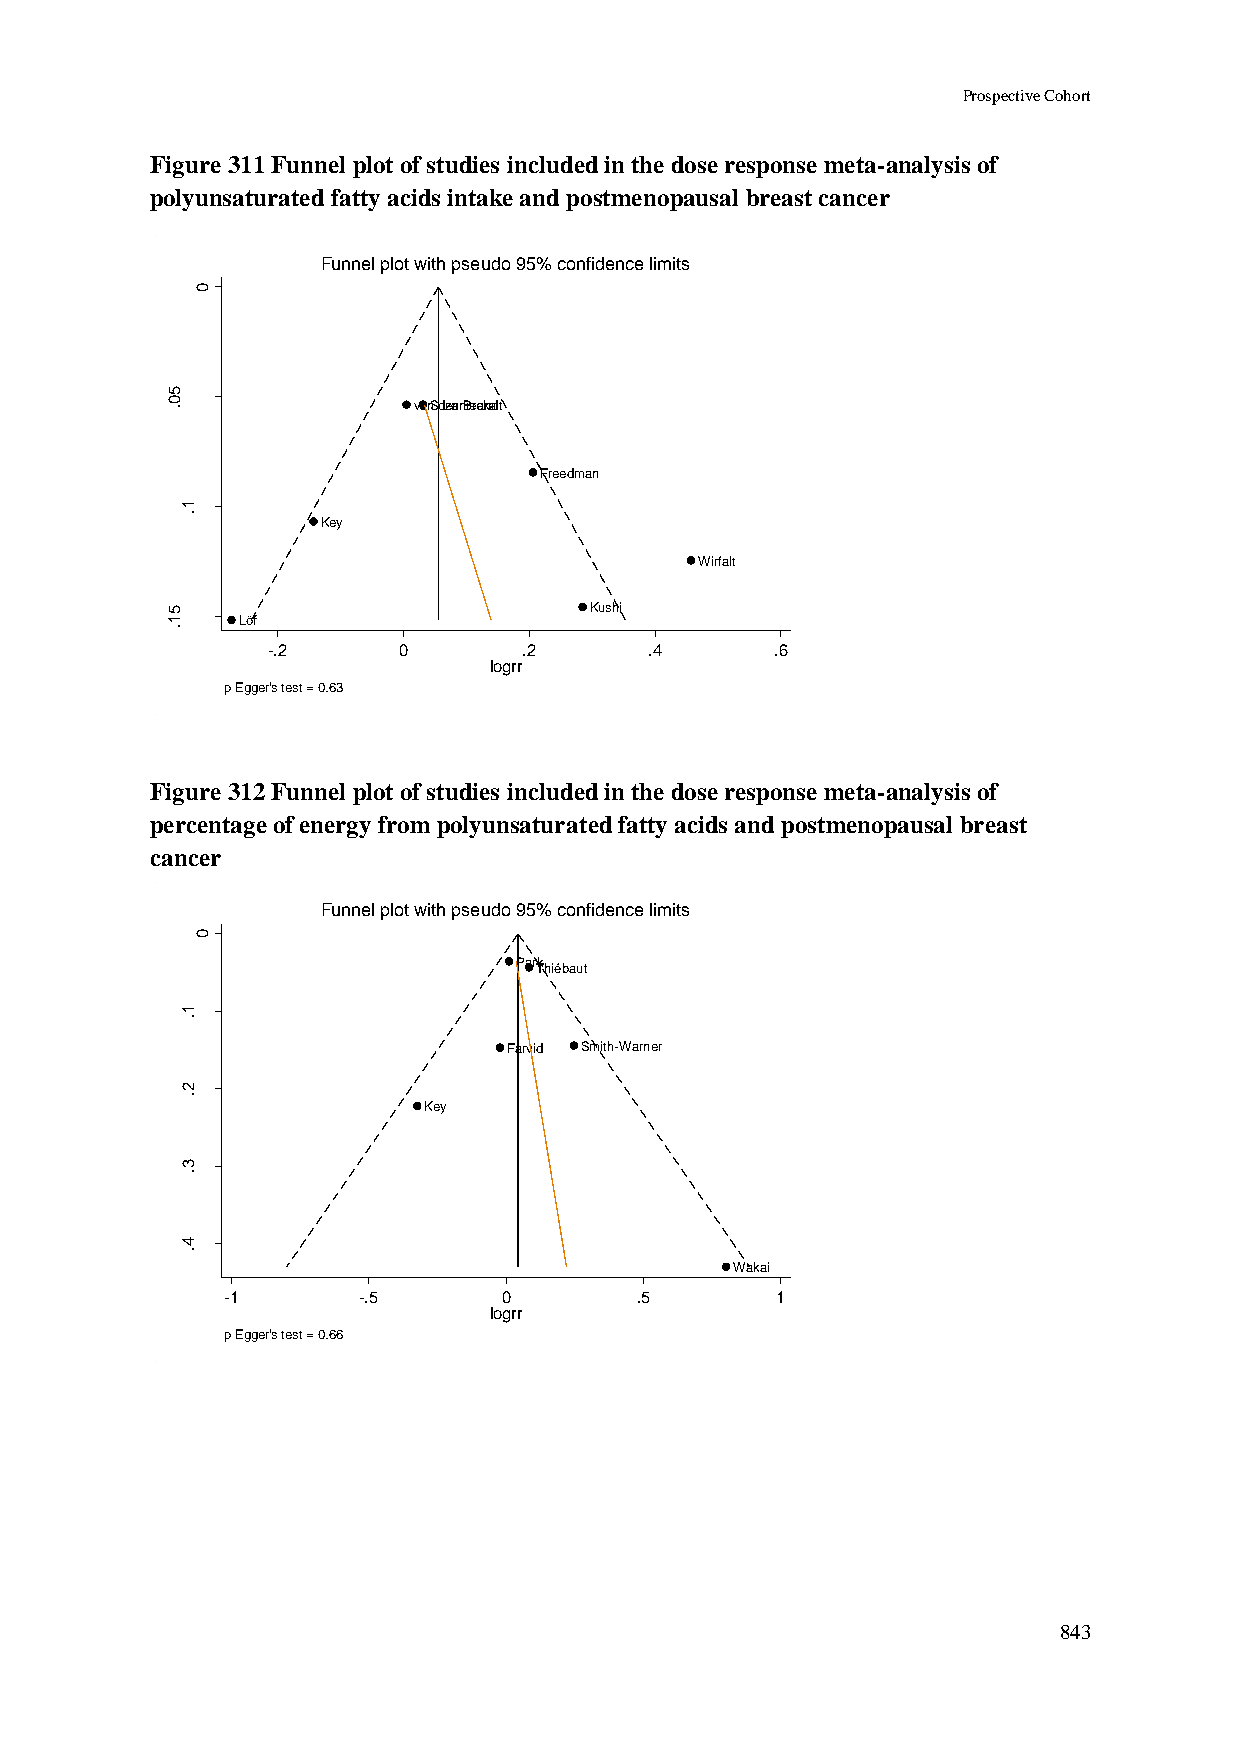
Prospective Cohort
 Figure 311 Funnel plot of studies included in the dose response meta-analysis of
 polyunsaturated fatty acids intake and postmenopausal breast cancer
 Funnel plot with pseudo 95% confidence limits
 0
 5
 0 .             vanS dczeann Biercaknadt
 rrg
 o
 l
 fo
 .e                             Freedman
 .s
 1
 .
 Key
 Wirfalt
 5                           Kushi
 1    Löf
 .
 -.2     0        .2      .4      .6
 logrr
 p Egger's test = 0.63
 Figure 312 Funnel plot of studies included in the dose response meta-analysis of
 percentage of energy from polyunsaturated fatty acids and postmenopausal breast
 cancer
 Funnel plot with pseudo 95% confidence limits
 0
 ParTkhiébaut
 1
 .
 Farvid Smith-Warner
 rrg
 o      2
 l fo   .               Key
 .e
 .s
 3
 .
 4
 .
 Wakai
 -1       -.5      0        .5       1
 logrr
 p Egger's test = 0.66
 843